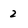
Character: 2